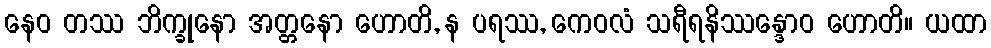
နေဝ တဿ ဘိက္ခုနော အတ္တနော ဟောတိ, န ပရဿ, ကေဝလံ သရီရနိဿန္ဒောဝ ဟောတိ။ ယထာ